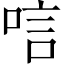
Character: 唁